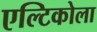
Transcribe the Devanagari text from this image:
एल्टिकोला